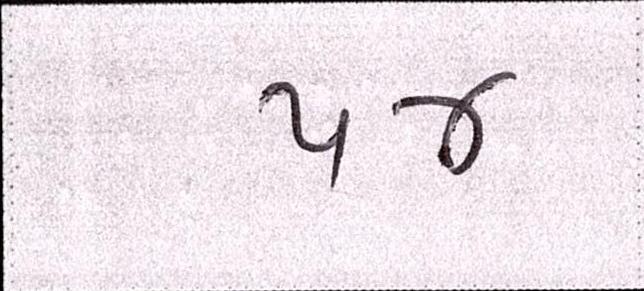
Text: ૫૪